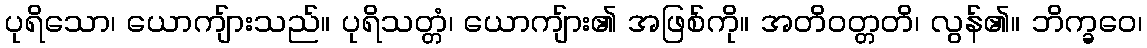
ပုရိသော၊ ယောကျ်ားသည်။ ပုရိသတ္တံ၊ ယောကျ်ား၏ အဖြစ်ကို။ အတိဝတ္တတိ၊ လွန်၏။ ဘိက္ခဝေ၊